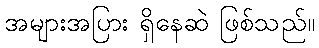
အများအပြား ရှိနေဆဲ ဖြစ်သည်။